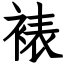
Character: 裱